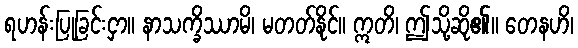
ရဟန်းပြုခြင်းငှာ။ နာသက္ခိဿာမိ၊ မတတ်နိုင်။ ဣတိ၊ ဤသို့ဆို၏။ တေနဟိ၊